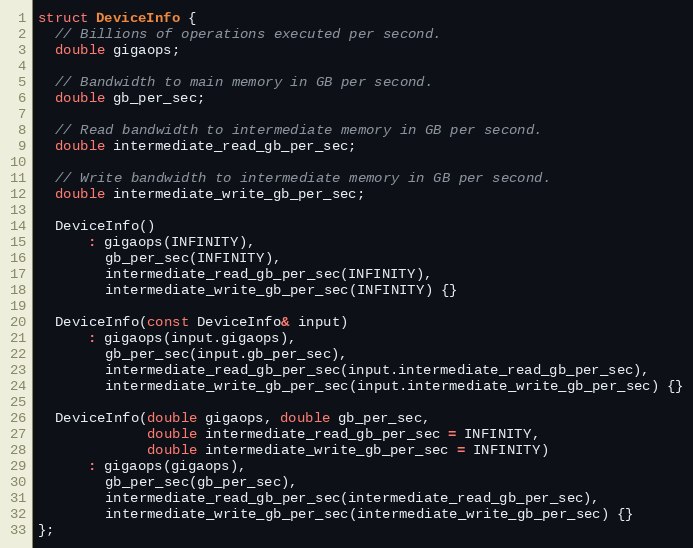
Language: C
struct DeviceInfo {
  // Billions of operations executed per second.
  double gigaops;

  // Bandwidth to main memory in GB per second.
  double gb_per_sec;

  // Read bandwidth to intermediate memory in GB per second.
  double intermediate_read_gb_per_sec;

  // Write bandwidth to intermediate memory in GB per second.
  double intermediate_write_gb_per_sec;

  DeviceInfo()
      : gigaops(INFINITY),
        gb_per_sec(INFINITY),
        intermediate_read_gb_per_sec(INFINITY),
        intermediate_write_gb_per_sec(INFINITY) {}

  DeviceInfo(const DeviceInfo& input)
      : gigaops(input.gigaops),
        gb_per_sec(input.gb_per_sec),
        intermediate_read_gb_per_sec(input.intermediate_read_gb_per_sec),
        intermediate_write_gb_per_sec(input.intermediate_write_gb_per_sec) {}

  DeviceInfo(double gigaops, double gb_per_sec,
             double intermediate_read_gb_per_sec = INFINITY,
             double intermediate_write_gb_per_sec = INFINITY)
      : gigaops(gigaops),
        gb_per_sec(gb_per_sec),
        intermediate_read_gb_per_sec(intermediate_read_gb_per_sec),
        intermediate_write_gb_per_sec(intermediate_write_gb_per_sec) {}
};